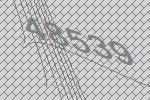
48539